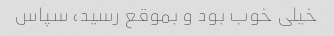
خیلی خوب بود و بموقع رسید، سپاس